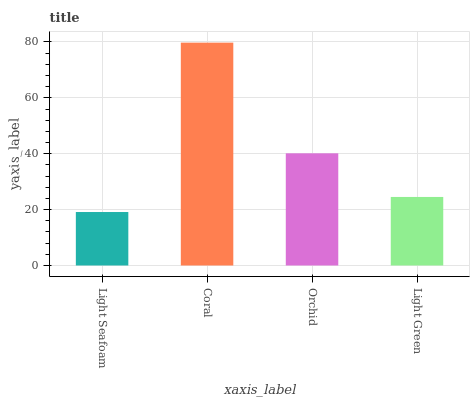
| xaxis_label | bars |
 | --- | --- |
 | Light Seafoam | 19.1 |
 | Coral | 79.8 |
 | Orchid | 40.1 |
 | Light Green | 24.5 |